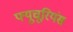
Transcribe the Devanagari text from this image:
फ्यूचूरियंस